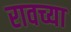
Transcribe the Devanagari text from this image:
रावच्या